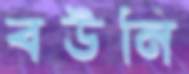
বউনি